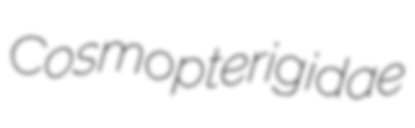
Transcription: Cosmopterigidae